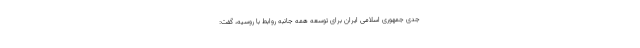
جدی جمهوری اسلامی ایران برای توسعه همه جانبه روابط با روسیه، گفت: